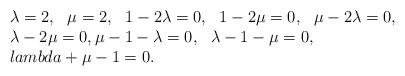
LaTeX: \begin{align*}\begin{array}{l}\lambda=2,\ \ \mu=2,\ \ 1-2\lambda=0,\ \ 1-2\mu=0,\ \ \mu-2\lambda=0,\\ \lambda-2\mu=0,\mu-1-\lambda=0,\ \ \lambda-1-\mu=0,\ \\lambda+\mu-1=0.\end{array}\end{align*}